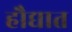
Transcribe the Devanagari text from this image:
हौद्यात